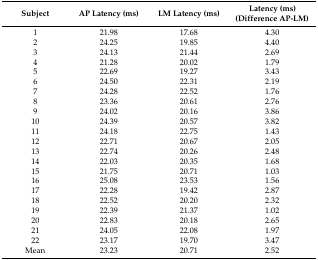
<table><thead><tr><td><b>Subject</b></td><td><b>AP Latency (ms)</b></td><td><b>LM Latency (ms)</b></td><td><b>Latency (ms) (Difference AP-LM)</b></td></tr></thead><tbody><tr><td>1</td><td>21.98</td><td>17.68</td><td>4.30</td></tr><tr><td>2</td><td>24.25</td><td>19.85</td><td>4.40</td></tr><tr><td>3</td><td>24.13</td><td>21.44</td><td>2.69</td></tr><tr><td>4</td><td>21.28</td><td>20.02</td><td>1.79</td></tr><tr><td>5</td><td>22.69</td><td>19.27</td><td>3.43</td></tr><tr><td>6</td><td>24.50</td><td>22.31</td><td>2.19</td></tr><tr><td>7</td><td>24.28</td><td>22.52</td><td>1.76</td></tr><tr><td>8</td><td>23.36</td><td>20.61</td><td>2.76</td></tr><tr><td>9</td><td>24.02</td><td>20.16</td><td>3.86</td></tr><tr><td>10</td><td>24.39</td><td>20.57</td><td>3.82</td></tr><tr><td>11</td><td>24.18</td><td>22.75</td><td>1.43</td></tr><tr><td>12</td><td>22.71</td><td>20.67</td><td>2.05</td></tr><tr><td>13</td><td>22.74</td><td>20.26</td><td>2.48</td></tr><tr><td>14</td><td>22.03</td><td>20.35</td><td>1.68</td></tr><tr><td>15</td><td>21.75</td><td>20.71</td><td>1.03</td></tr><tr><td>16</td><td>25.08</td><td>23.53</td><td>1.56</td></tr><tr><td>17</td><td>22.28</td><td>19.42</td><td>2.87</td></tr><tr><td>18</td><td>22.52</td><td>20.20</td><td>2.32</td></tr><tr><td>19</td><td>22.39</td><td>21.37</td><td>1.02</td></tr><tr><td>20</td><td>22.83</td><td>20.18</td><td>2.65</td></tr><tr><td>21</td><td>24.05</td><td>22.08</td><td>1.97</td></tr><tr><td>22</td><td>23.17</td><td>19.70</td><td>3.47</td></tr><tr><td>Mean</td><td>23.23</td><td>20.71</td><td>2.52</td></tr></tbody></table>